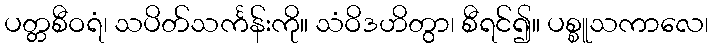
ပတ္တစီဝရံ၊ သပိတ်သင်္ကန်းကို။ သံဝိဒဟိတွာ၊ စီရင်၍။ ပစ္စူသကာလေ၊